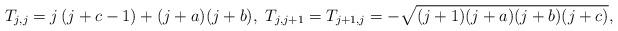
LaTeX: \begin{align*}T_{j,j}=j\,(j+c-1)+(j+a)(j+b),\ T_{j,j+1}=T_{j+1,j}=-\sqrt{(j+1)(j+a)(j+b)(j+c)},\end{align*}